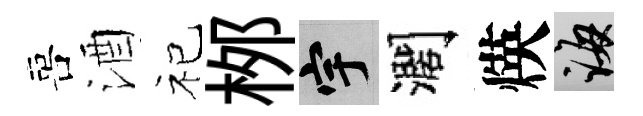
喜酒祀桞宇濶煐誨